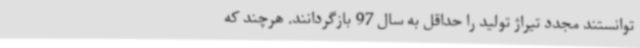
توانستند مجدد تیراژ تولید را حداقل به سال 97 بازگردانند. هرچند که